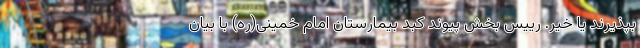
بپذیرند یا خیر. رییس بخش پیوند کبد بیمارستان امام خمینی(ره) با بیان